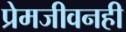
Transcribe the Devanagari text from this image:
प्रेमजीवनही